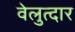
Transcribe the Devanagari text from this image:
वेलुत्दार